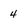
Character: 4